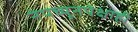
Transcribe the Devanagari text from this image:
नेपच्यूनपेक्षाही